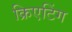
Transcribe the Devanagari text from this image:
क्रिएटिंग